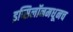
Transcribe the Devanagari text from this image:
इप्सिलॉनमधूनच